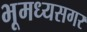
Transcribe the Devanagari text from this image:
भूमध्यसगर